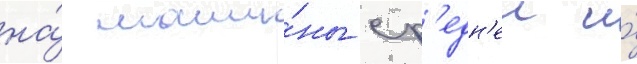
на́ маши́ны ср'едн'еи и́